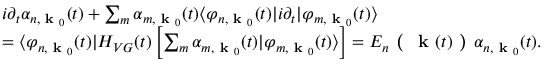
\begin{array} { r l } & { i \partial _ { t } \alpha _ { n , \textbf { k } _ { 0 } } ( t ) + \sum _ { m } \alpha _ { m , \textbf { k } _ { 0 } } ( t ) \langle \varphi _ { n , \textbf { k } _ { 0 } } ( t ) | i \partial _ { t } \lvert \varphi _ { m , \textbf { k } _ { 0 } } ( t ) \rangle } \\ & { = \langle \varphi _ { n , \textbf { k } _ { 0 } } ( t ) | H _ { V G } ( t ) \left[ \sum _ { m } \alpha _ { m , \textbf { k } _ { 0 } } ( t ) \lvert \varphi _ { m , \textbf { k } _ { 0 } } ( t ) \rangle \right] = E _ { n } \textbf { ( } \textbf { k } ( t ) \textbf { ) } \alpha _ { n , \textbf { k } _ { 0 } } ( t ) . } \end{array}